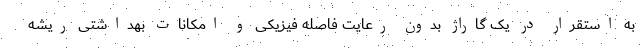
به استقرار در یک گاراژ بدون رعایت فاصله فیزیکی و امکانات بهداشتی ریشه